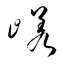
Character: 嵯